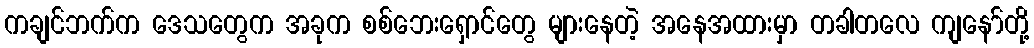
ကချင်ဘက်က ဒေသတွေက အခုက စစ်ဘေးရှောင်တွေ များနေတဲ့ အနေအထားမှာ တခါတလေ ကျနော်တို့